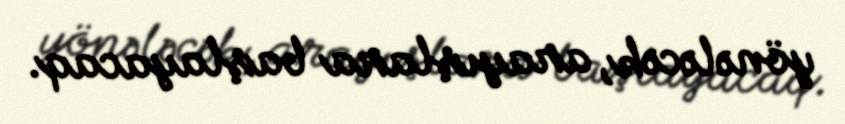
yönələcək, arayışlara başlayacaq.